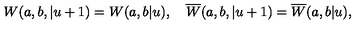
W ( a , b , | u + 1 ) = W ( a , b | u ) , \quad \overline { { W } } ( a , b , | u + 1 ) = \overline { { W } } ( a , b | u ) ,